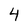
Character: 4